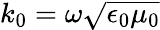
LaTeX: k_{0}=\omega\sqrt{\epsilon_{0}\mu_{0}}